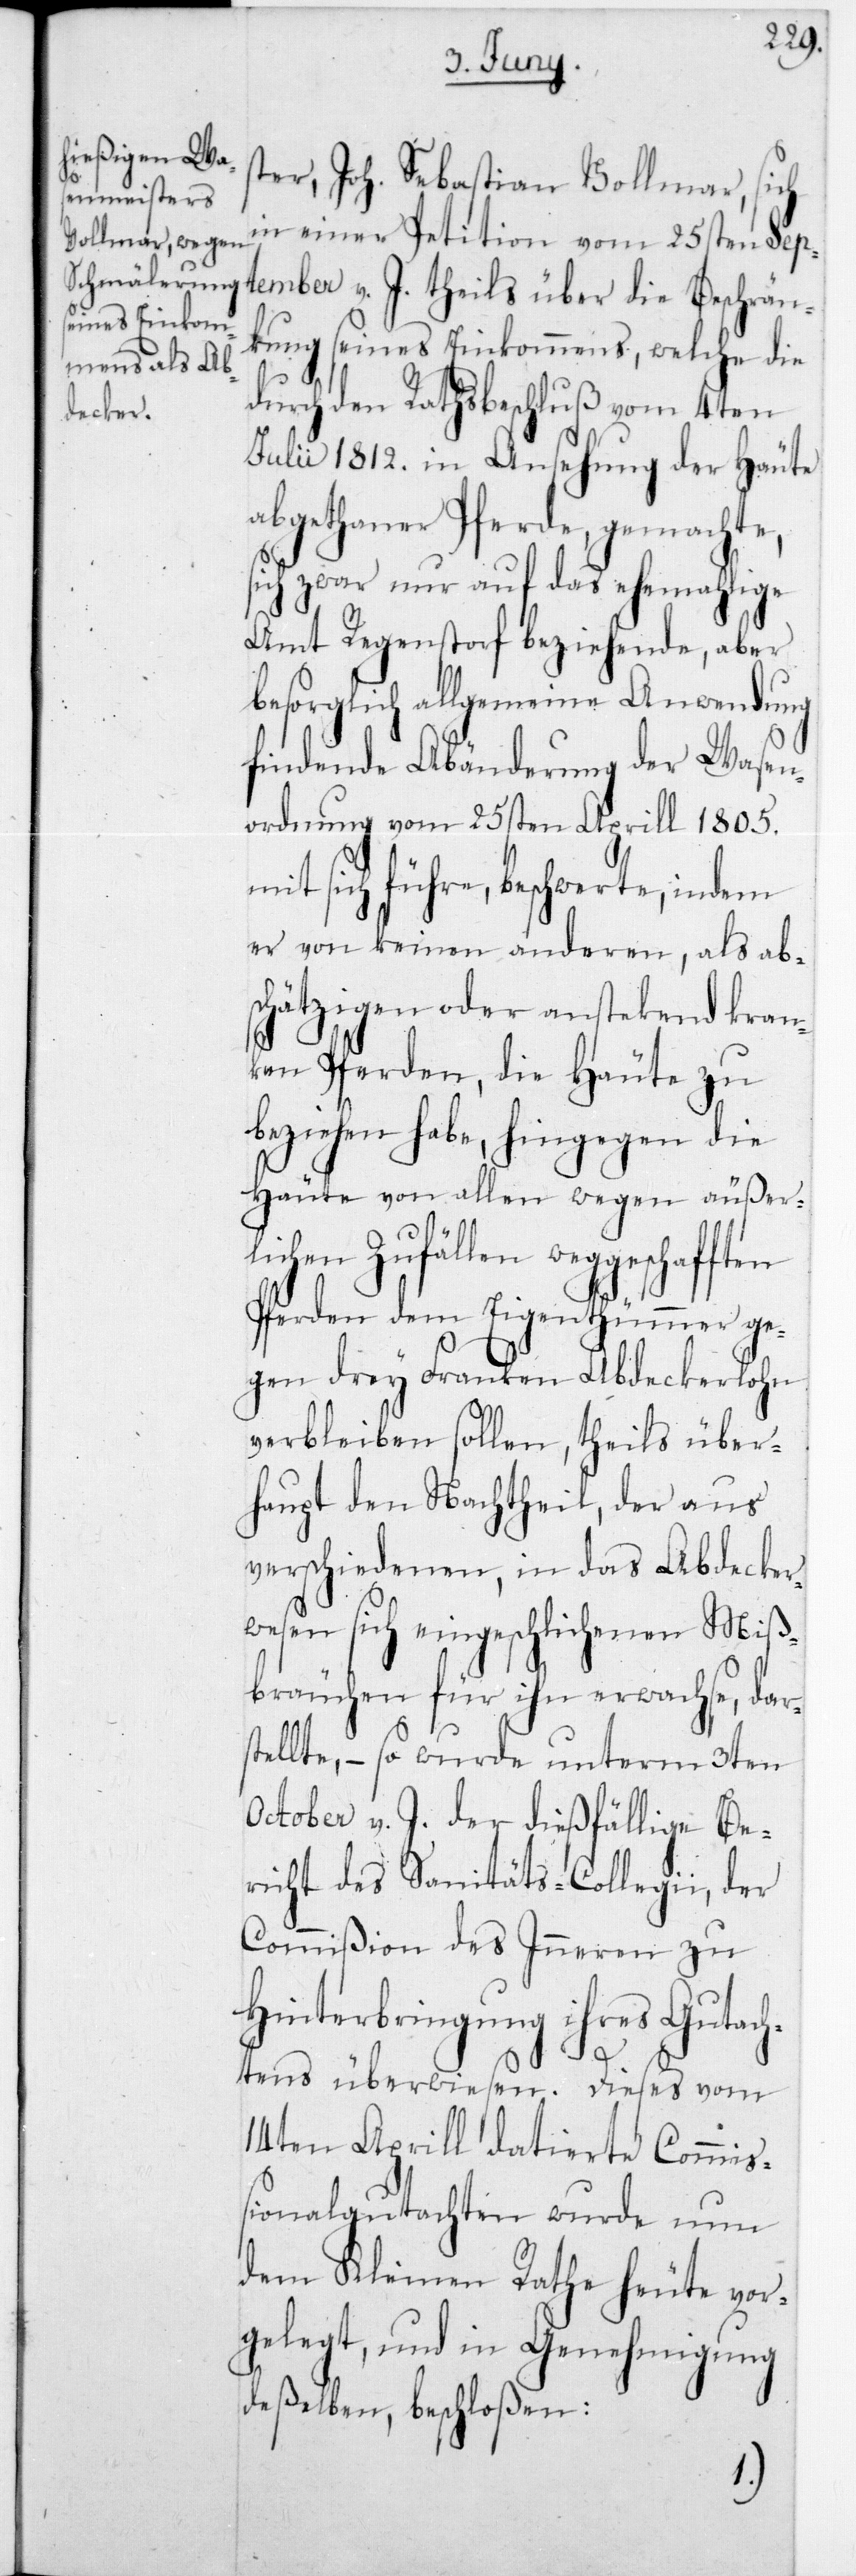
Beschrän¬

ster Joh. Sebastian Vollmar,
in einer Petition vom 25sten Sep¬
kung seines Einkommens, welche die
durch den Rathsbeschluß vom 4ten
Julii 1812 in Ansehung der Häute
abgethaner Pferde, gemachte,
sich zwar nur auf das ehemahlige
Amt Regenstorf beziehende, aber
besorglich allgemeine Anwendung
findende Abänderung der Wasen¬
ordnung vom 25sten Aprill 1805
mit sich führe, beschwerte, indem
er von keinen anderen, als ab¬
schätzigen oder anstekend kran¬
ken Pferden, die Häute zu
beziehen habe, hingegen die
Häute von allen wegen äußer¬
lichen Zufällen
Pferden dem Eigenthümmer ge¬
gen drey Franken Abdeckerlohn
verbleiben sollen, theils über¬
haupt den Nachtheil, der aus
verschiedenen, in das Abdecker¬
wesen sich eingeschlichenen Miß¬
bräuchen für ihn erwachse, dars¬
tellte, – so wurde unterm 3ten
October v. J. der dießfällige Be¬
richt des Sanitäts-Collegii, der
Commißion des Inneren zu
Hinterbringung ihres Gutach¬
tens überwiesen. Dieses vom
14ten Aprill datierte Commiß¬
ionalgutachten wurde nun
dem Kleinen Rathe heute vor¬
gelegt, und in Genehmigung
deßelben, beschloßen: